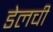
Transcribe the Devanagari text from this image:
डेलची